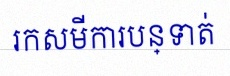
រកសមីការបន្ទាត់